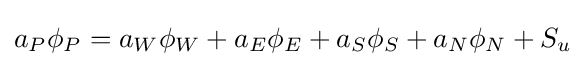
a_{P}\phi {}_{P}=a_{W}\phi {}_{W}+a_{E}\phi {}_{E}+a_{S}\phi {}_{S}+a_{N}\phi {}_{N}+S_{u}